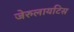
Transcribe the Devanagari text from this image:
जेरुलायटिस